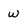
Character: w